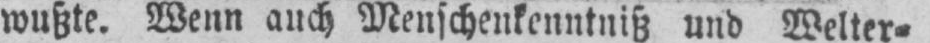
wußte. Wenn auch Menschenkenntniß und Welter⸗